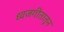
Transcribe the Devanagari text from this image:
ध्वजगीतातून